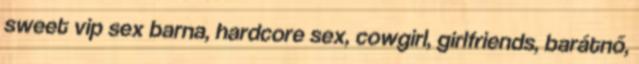
sweet vip sex barna, hardcore sex, cowgirl, girlfriends, barátnő,